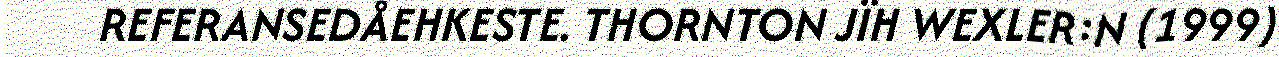
REFERANSEDÅEHKESTE. THORNTON JÏH WEXLER:N (1999)